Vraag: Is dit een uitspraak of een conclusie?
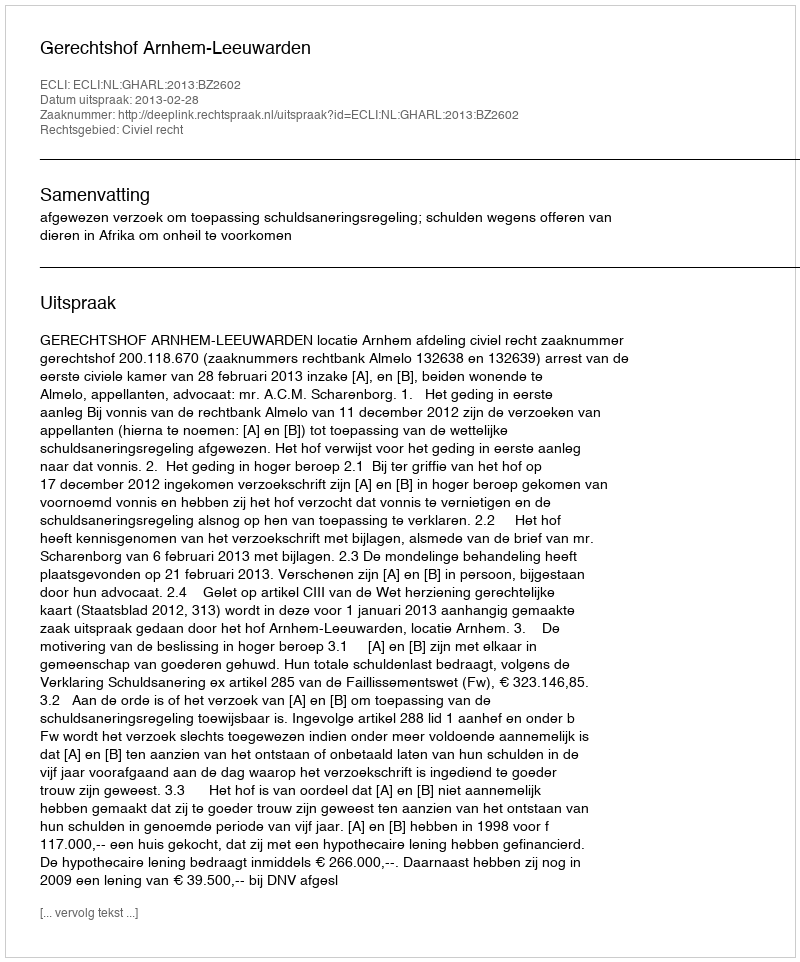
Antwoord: Uitspraak